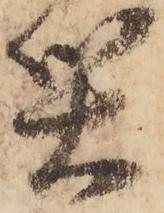
災